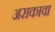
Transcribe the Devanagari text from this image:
अराकावा